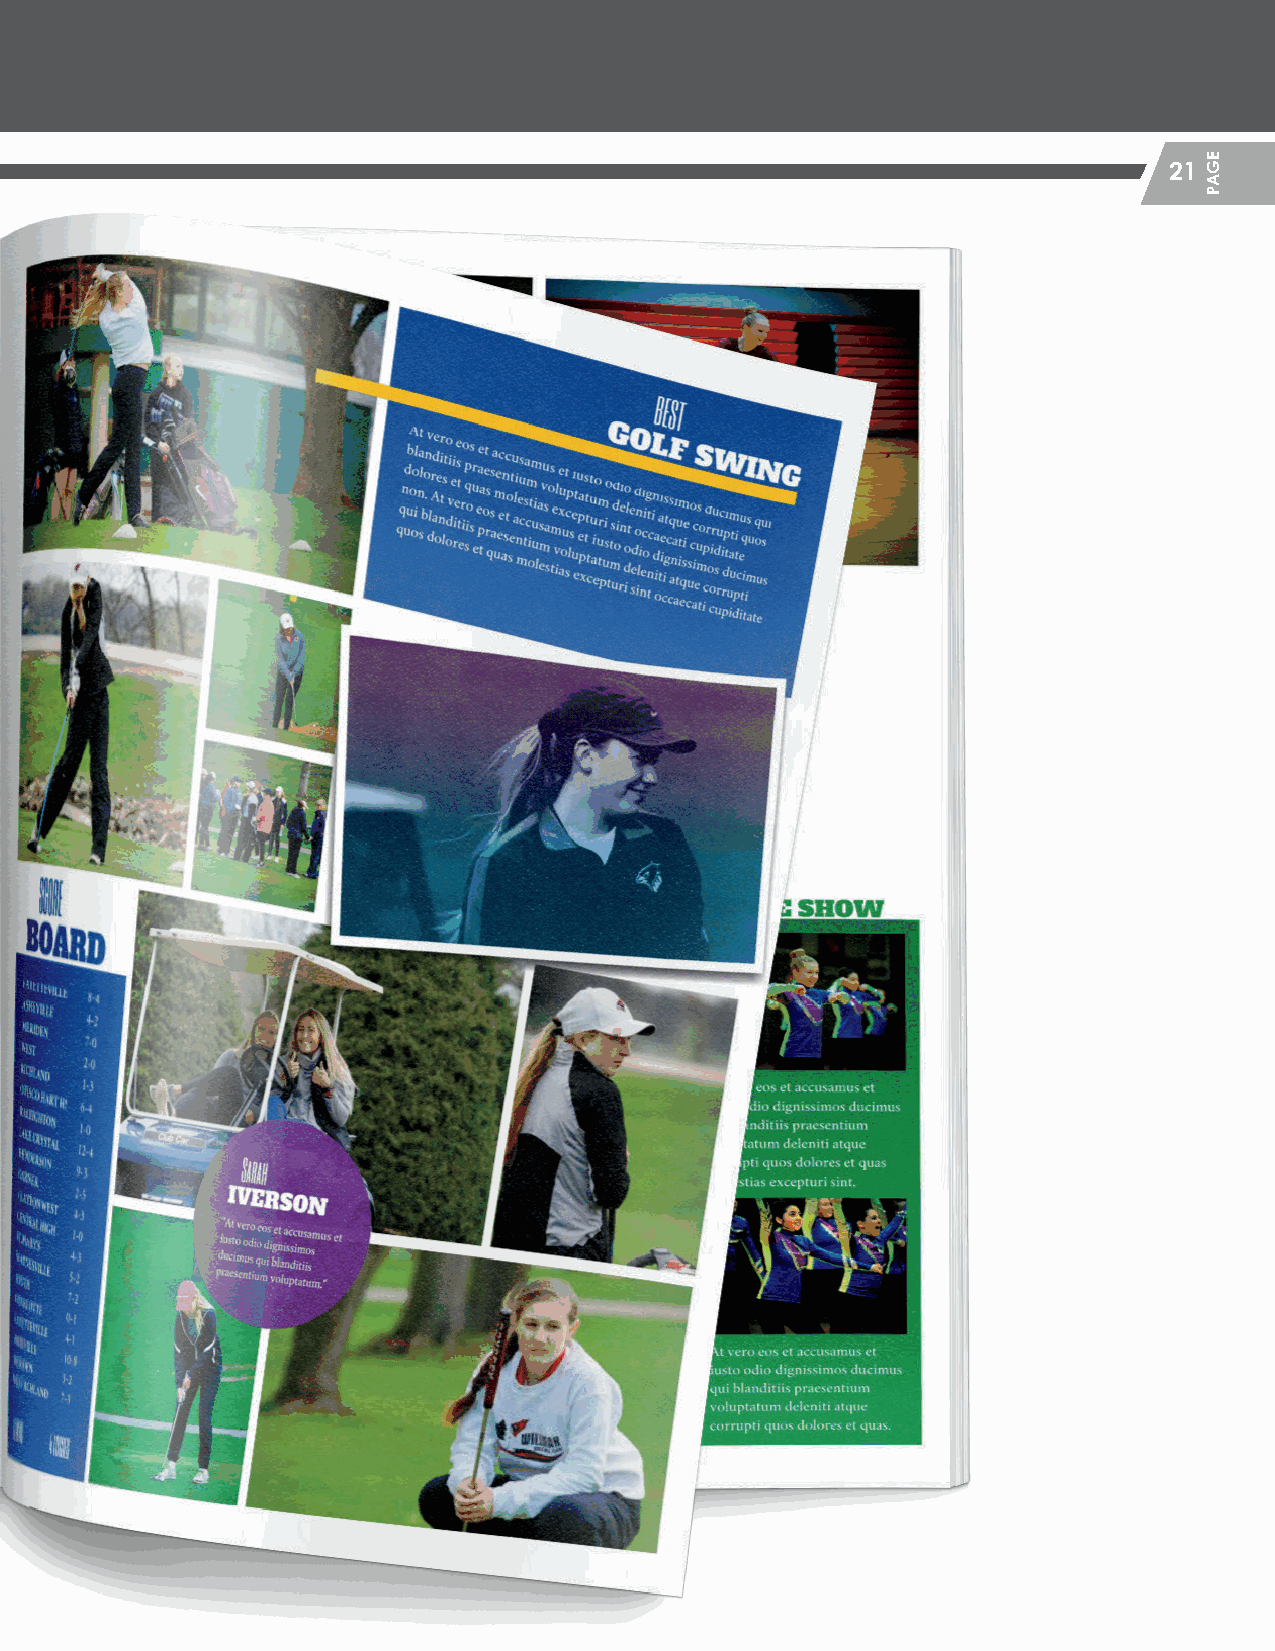
21
 HHSS__CCrreeaattiivvee__GGuuiiddeePPFF__MMSS..iinndddd 2211                 22//55//2200 1122::1133 PPMM
 EGAP